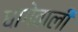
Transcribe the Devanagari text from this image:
धागेवाली